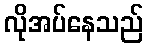
လိုအပ်နေသည်